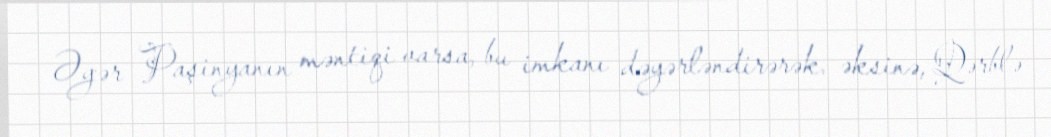
Əgər Paşinyanın məntiqi varsa, bu imkanı dəyərləndirərək, əksinə, Qərblə